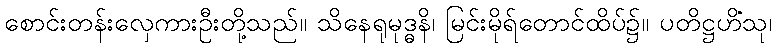
စောင်းတန်းလှေကားဦးတို့သည်။ သိနေရုမုဒ္ဓနိ၊ မြင်းမိုရ်တောင်ထိပ်၌။ ပတိဋ္ဌဟိံသု၊